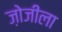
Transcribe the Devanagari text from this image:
ज़ोजीला